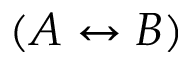
( A \leftrightarrow B )